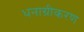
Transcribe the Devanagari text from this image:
धनाग्रीकरण